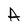
Character: A